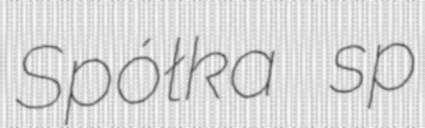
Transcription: Spółka sp